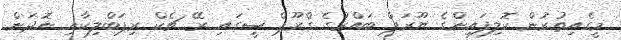
މީގެއިތުރުން ކޮލިފައިންގެ ޔޫރަޕް ބައްރުގެ ގްރޫޕް ސީގައި ރޭ ޗެކް ރިޕަބްލިކާއި ނޮދަން